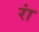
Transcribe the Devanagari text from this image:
रां